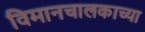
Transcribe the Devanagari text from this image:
विमानचालकाच्या